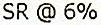
SR @ 6%